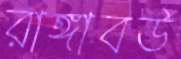
রাঙ্গাবউ